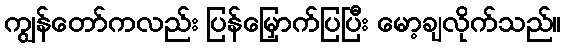
ကျွန်တော်ကလည်း ပြန်မြှောက်ပြပြီး မော့ချလိုက်သည်။